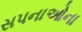
સપનાઓના